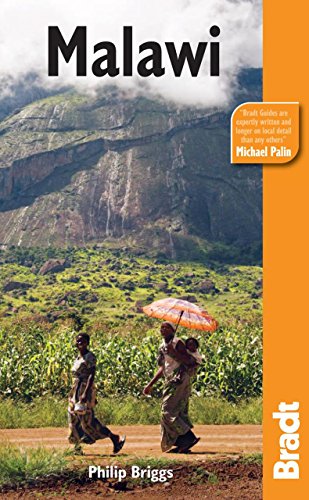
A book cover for Malawi, 5th (Bradt Travel Guide Malawi); Philip Briggs; Travel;